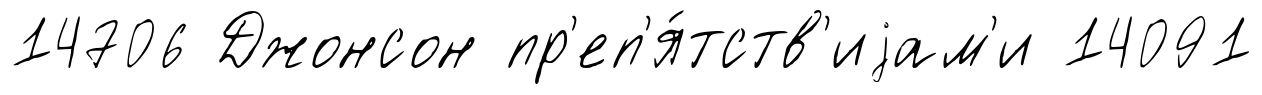
14706 Джонсон пр'еп'я́тств'иjам'и 14091